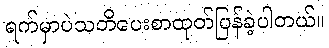
ရက်မှာပဲသတိပေးစာထုတ်ပြန်ခဲ့ပါတယ်။